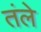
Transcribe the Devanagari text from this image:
तंले